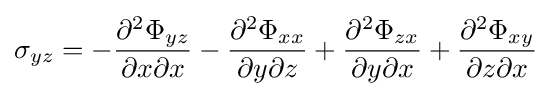
\sigma _{yz}=-{\frac {\partial ^{2}\Phi _{yz}}{\partial x\partial x}}-{\frac {\partial ^{2}\Phi _{xx}}{\partial y\partial z}}+{\frac {\partial ^{2}\Phi _{zx}}{\partial y\partial x}}+{\frac {\partial ^{2}\Phi _{xy}}{\partial z\partial x}}